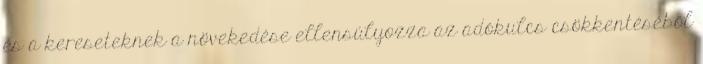
és a kereseteknek a növekedése ellensúlyozza az adókulcs csökkentéséből